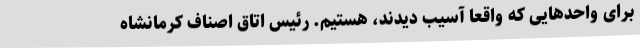
برای واحدهایی که واقعا آسیب دیدند، هستیم. رئیس اتاق اصناف کرمانشاه